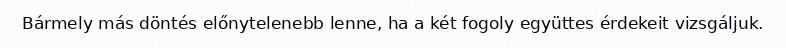
Bármely más döntés előnytelenebb lenne, ha a két fogoly együttes érdekeit vizsgáljuk.